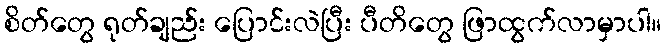
စိတ်တွေ ရုတ်ချည်း ပြောင်းလဲပြီး ပီတိတွေ ဖြာထွက်လာမှာပါ။